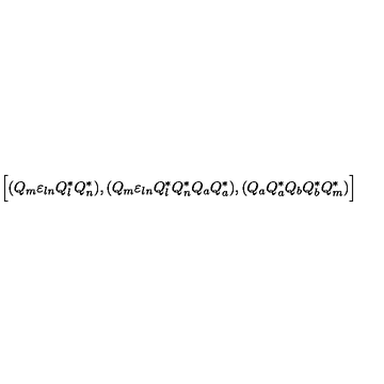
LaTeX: \Bigr [ ( Q _ { m } { \varepsilon } _ { l n } Q _ { l } ^ { * } Q _ { n } ^ { * } ) , ( Q _ { m } { \varepsilon } _ { l n } Q _ { l } ^ { * } Q _ { n } ^ { * } Q _ { a } Q _ { a } ^ { * } ) , ( Q _ { a } Q _ { a } ^ { * } Q _ { b } Q _ { b } ^ { * } Q _ { m } ^ { * } ) \Bigl ]